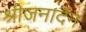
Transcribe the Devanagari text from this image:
श्रीजनार्दन